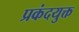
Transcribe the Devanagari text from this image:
प्रकंदयुक्त